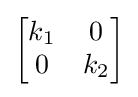
{\begin{bmatrix}k_{1}&0\\0&k_{2}\end{bmatrix}}